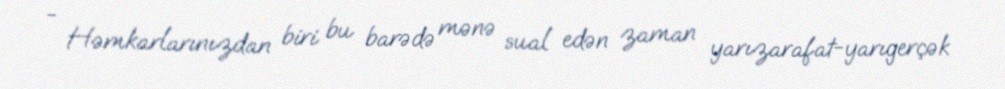
- Həmkarlarınızdan biri bu barədə mənə sual edən zaman yarızarafat-yarıgerçək